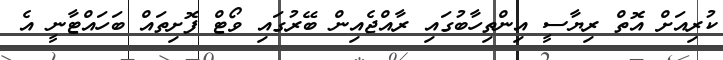
ކުރިއަށް އޮތް ރިޔާސީ އިންތިހާބުގައި ރާއްޖެއިން ބޭރުގައި ވޯޓް ފޮށިތައް ބަހައްޓާނީ އެ